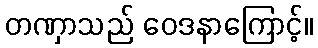
တဏှာသည် ဝေဒနာကြောင့်။